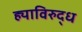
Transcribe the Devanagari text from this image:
ह्याविरुद्ध